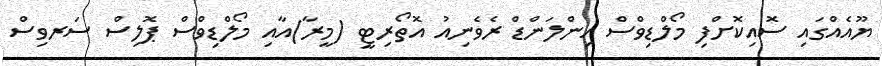
ޔޫއެއްގައި ސޮއިކޮށްފި މޯލްޑިވްސް އިންލަންޑް ރެވެނިއު އޮތޯރިޓީ (މީރާ)އާއި މޯލްޑިވްސް ޕޮލިސް ސަރވިސް